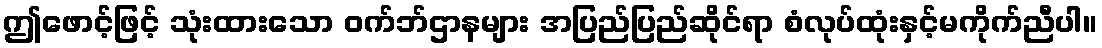
ဤဖောင့်ဖြင့် သုံးထားသော ဝက်ဘ်ဌာနများ အပြည်ပြည်ဆိုင်ရာ စံလုပ်ထုံးနှင့်မကိုက်ညီပါ။